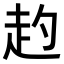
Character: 𧺕